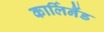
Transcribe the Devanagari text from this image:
कार्लिनैंड